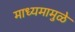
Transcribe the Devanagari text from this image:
माध्यमामुळे